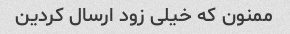
ممنون که خیلی زود ارسال کردین